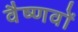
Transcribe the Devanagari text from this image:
वैष्‍णवों